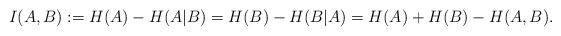
LaTeX: \begin{align*}I(A,B) := H(A) - H(A|B) = H(B) - H(B|A) = H(A) + H(B) - H(A,B).\end{align*}